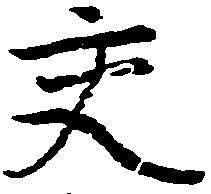
交